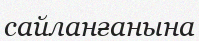
сайланғанына